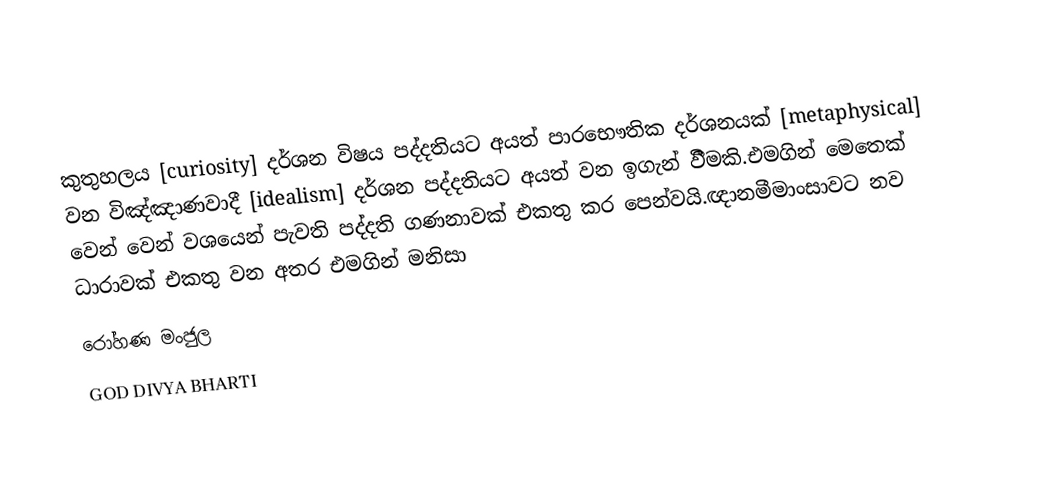
කුතුහලය [curiosity] දර්ශන විෂය පද්දතියට අයත් පාරභෞතික දර්ශනයක් [metaphysical] වන විඤ්ඤාණවාදී  [idealism]  දර්ශන පද්දතියට අයත් වන ඉගැන් වීීමකි.එමගින් මෙතෙක් වෙන් වෙන් වශයෙන් පැවති පද්දති ගණනාවක් එකතු කර පෙන්වයි.ඥානමීමාංසාවට නව ධාරාවක් එකතු වන අතර එමගින් මනිසා
රෝහණ මංජුල
GOD DIVYA BHARTI